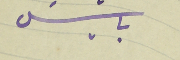
باسَيل